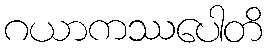
ဂယာကဿပေါတိ